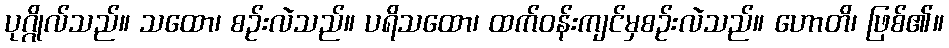
ပုဂ္ဂိုလ်သည်။ သထော၊ စဉ်းလဲသည်။ ပရိသထော၊ ထက်ဝန်းကျင်မှစဉ်းလဲသည်။ ဟောတိ၊ ဖြစ်၏။